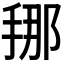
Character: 𭡇